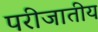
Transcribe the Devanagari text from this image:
परीजातीय